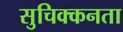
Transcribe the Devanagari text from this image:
सुचिक्कनता